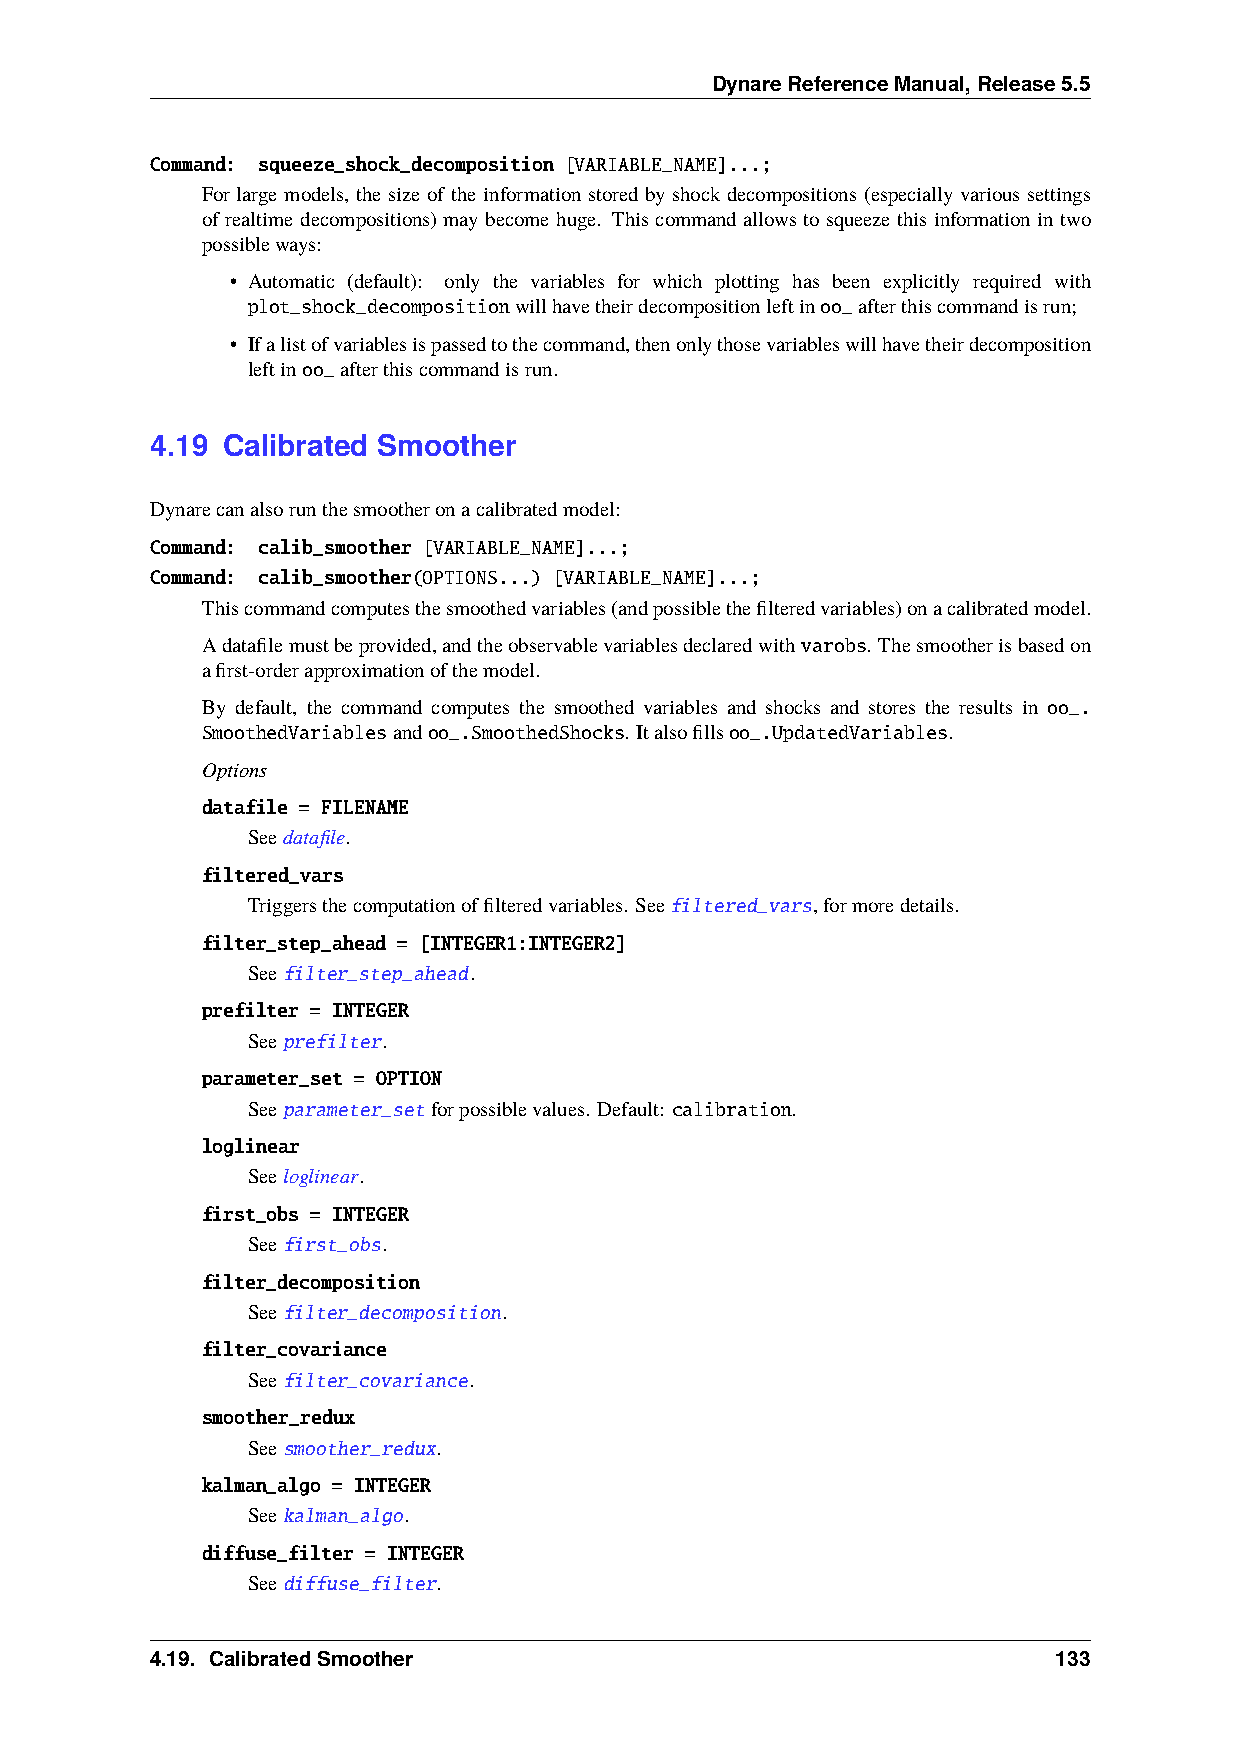
DynareReferenceManual,Release5.5
 Command: squeeze_shock_decomposition [VARIABLE_NAME]...;
 For large models, the size of the information stored by shock decompositions (especially various settings
 of realtime decompositions) may become huge. This command allows to squeeze this information in two
 possibleways:
 • Automatic (default): only the variables for which plotting has been explicitly required with
 plot_shock_decompositionwillhavetheirdecompositionleftinoo_afterthiscommandisrun;
 • Ifalistofvariablesispassedtothecommand,thenonlythosevariableswillhavetheirdecomposition
 leftinoo_afterthiscommandisrun.
 4.19 Calibrated Smoother
 Dynarecanalsorunthesmootheronacalibratedmodel:
 Command: calib_smoother [VARIABLE_NAME]...;
 Command: calib_smoother(OPTIONS...) [VARIABLE_NAME]...;
 Thiscommandcomputesthesmoothedvariables(andpossiblethefilteredvariables)onacalibratedmodel.
 Adatafilemustbeprovided,andtheobservablevariablesdeclaredwithvarobs. Thesmootherisbasedon
 afirst-orderapproximationofthemodel.
 By default, the command computes the smoothed variables and shocks and stores the results in oo_.
 SmoothedVariablesandoo_.SmoothedShocks. Italsofillsoo_.UpdatedVariables.
 Options
 datafile = FILENAME
 Seedatafile.
 filtered_vars
 Triggersthecomputationoffilteredvariables. Seefiltered_vars,formoredetails.
 filter_step_ahead = [INTEGER1:INTEGER2]
 Seefilter_step_ahead.
 prefilter = INTEGER
 Seeprefilter.
 parameter_set = OPTION
 Seeparameter_setforpossiblevalues. Default: calibration.
 loglinear
 Seeloglinear.
 first_obs = INTEGER
 Seefirst_obs.
 filter_decomposition
 Seefilter_decomposition.
 filter_covariance
 Seefilter_covariance.
 smoother_redux
 Seesmoother_redux.
 kalman_algo = INTEGER
 Seekalman_algo.
 diffuse_filter = INTEGER
 Seediffuse_filter.
 4.19. CalibratedSmoother                                    133